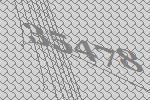
35478